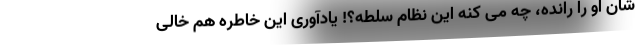
شان او را رانده، چه می کنه این نظام سلطه؟! یادآوری این خاطره هم خالی